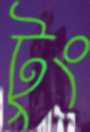
টুং